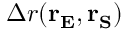
\Delta r ( \mathbf { r _ { E } } , \mathbf { r _ { S } } )